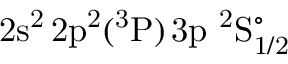
\mathrm { 2 s ^ { 2 } \, 2 p ^ { 2 } ( ^ { 3 } P ) \, 3 p ~ ^ { 2 } S _ { 1 / 2 } ^ { \circ } }